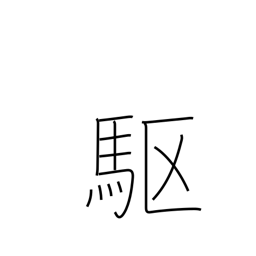
Meaning: gallop